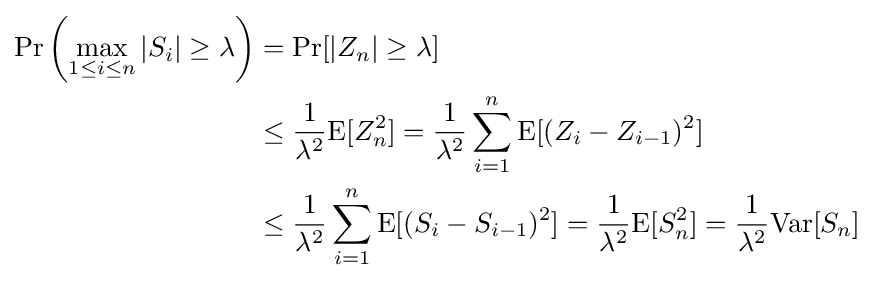
{\begin{aligned}{\text{Pr}}\left(\max _{1\leq i\leq n}|S_{i}|\geq \lambda \right)&={\text{Pr}}[|Z_{n}|\geq \lambda ]\\&\leq {\frac {1}{\lambda ^{2}}}{\text{E}}[Z_{n}^{2}]={\frac {1}{\lambda ^{2}}}\sum _{i=1}^{n}{\text{E}}[(Z_{i}-Z_{i-1})^{2}]\\&\leq {\frac {1}{\lambda ^{2}}}\sum _{i=1}^{n}{\text{E}}[(S_{i}-S_{i-1})^{2}]={\frac {1}{\lambda ^{2}}}{\text{E}}[S_{n}^{2}]={\frac {1}{\lambda ^{2}}}{\text{Var}}[S_{n}]\end{aligned}}